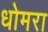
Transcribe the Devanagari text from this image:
धोमरा